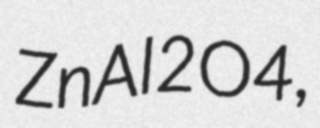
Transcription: ZnAl2O4,